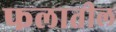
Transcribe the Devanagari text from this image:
फलातील